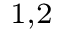
^ { 1 , 2 }